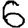
Digit: 6